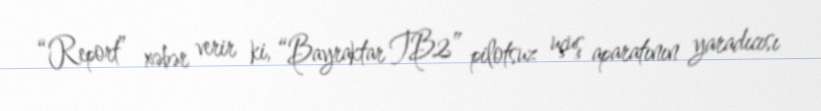
“Report” xəbər verir ki, “Bayraktar TB2” pilotsuz uçuş aparatının yaradıcısı